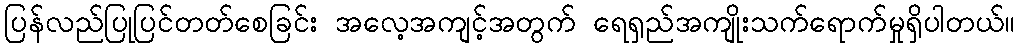
ပြန်လည်ပြုပြင်တတ်စေခြင်း အလေ့အကျင့်အတွက် ရေရှည်အကျိုးသက်ရောက်မှုရှိပါတယ်။